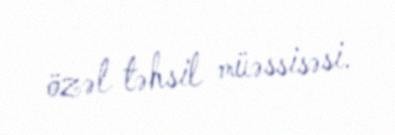
özəl təhsil müəssisəsi.